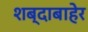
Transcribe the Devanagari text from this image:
शब्दाबाहेर